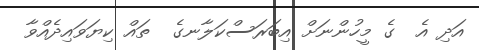
އަދި އެ  ގެ މީހުންނަށް އިބަރަސްކަލާނގެ  ތައް ކިޔަވައިދެއްވާ